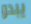
يبدو